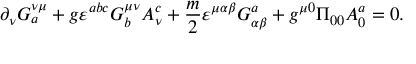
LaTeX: \partial _ { \nu } G _ { a } ^ { \nu \mu } + g \varepsilon ^ { a b c } G _ { b } ^ { \mu \nu } A _ { \nu } ^ { c } + \frac { m } { 2 } \varepsilon ^ { \mu \alpha \beta } G _ { \alpha \beta } ^ { a } + g ^ { \mu 0 } \Pi _ { 0 0 } A _ { 0 } ^ { a } = 0 .